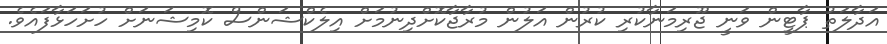
އަދާލަތު ޕާޓީން ވަނީ ޖޫރިމަނާކުރި ކުރުން އަލުން މުރާޖާކޮށްދިނުމަށް އިލެކްޝަންސް ކޮމިޝަނަށް ހުށަހަޅާފައެވެ.